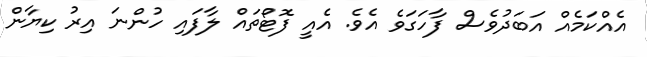
އެއްކަމެއް އަބަދުވެސް ފާހަގަވެ އެވެ. އެއީ ފޮޓޯތައް ލާފައި ހުންނަ އިރު ކިޔާން